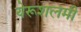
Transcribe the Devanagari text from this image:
येरूशलमी